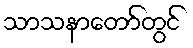
သာသနာတော်တွင်